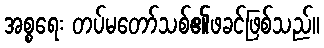
အစ္စရေး တပ်မတော်သစ်၏ဖခင်ဖြစ်သည်။